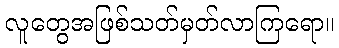
လူတွေအဖြစ်သတ်မှတ်လာကြရော။